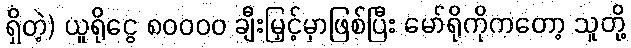
ရှိတဲ့) ယူရိုငွေ ၈၀၀၀၀ ချီးမြှင့်မှာဖြစ်ပြီး မော်ရိုကိုကတော့ သူတို့